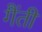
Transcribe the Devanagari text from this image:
गैंती